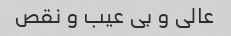
عالی و بی عیب و نقص